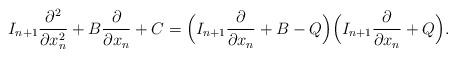
LaTeX: \begin{align*} I_{n+1}\frac{\partial^2 }{\partial x_n^2} + B \frac{\partial }{\partial x_n} + C = \Bigl(I_{n+1}\frac{\partial }{\partial x_n} + B - Q\Bigr)\Bigl(I_{n+1}\frac{\partial }{\partial x_n} + Q\Bigr). \end{align*}